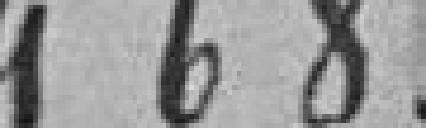
468.